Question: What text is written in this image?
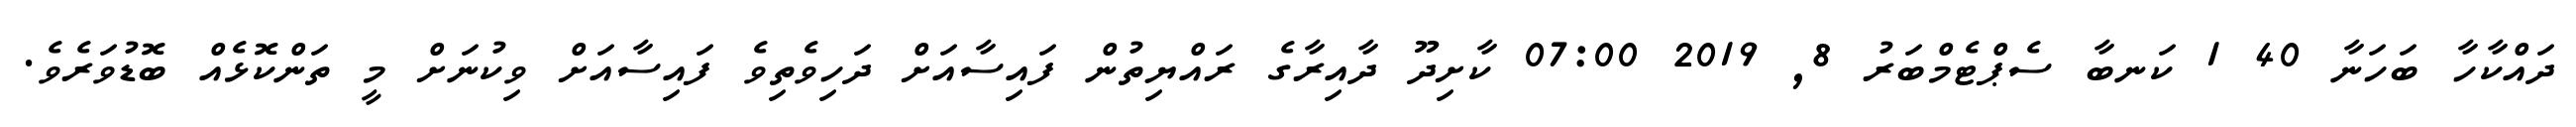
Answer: ދައްކާހާ ބަހަނާ 40 1 ކަނބާ ސެޕްޓެމްބަރު 8, 2019 07:00 ކާށިދޫ ދާއިރާގެ ރައްޔިތުން ފައިސާއަށް ދަހިވެތިވެ ފައިސާއަށް ވިކުނަށް މީ ތަންކޮޅެއް ބޮޑުވަރެވެ.